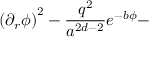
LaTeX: \left( \partial _ { r } \phi \right) ^ { 2 } - \frac { q ^ { 2 } } { a ^ { 2 d - 2 } } e ^ { - b \phi } -